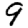
Digit: 9